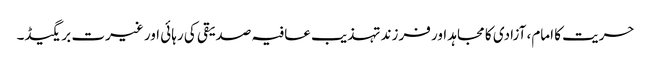
حریت کا امام، آزادی کا مجاہد اور فرزند تہذیب	عافیہ صدیقی کی رہائی اور غیرت بریگیڈ۔